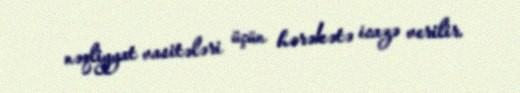
nəqliyyat vasitələri üçün hərəkətə icazə verilir.